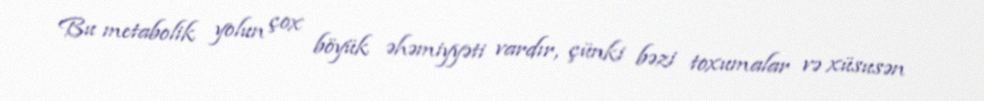
Bu metabolik yolun çox böyük əhəmiyyəti vardır, çünki bəzi toxumalar və xüsusən